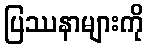
ပြဿနာများကို